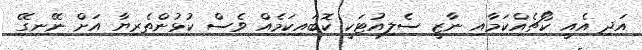
އަދި އެއީ ކޯޗެއްކަމާއި ނާޒީ ސެލިއުޓަކީ ކޮބައިކަމެއް ވެސް ކުޅުންތެރިޔާ އަށް ނޭނގޭ